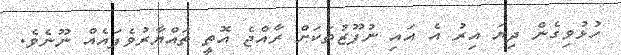
ހުޅުވިގެން ދިޔަ އިރު އެ އައި ނުފޫޒުތަކަށް ރާއްޖެ އޮތީ ތައްޔާރުވެފައެއް ނޫނެވެ.